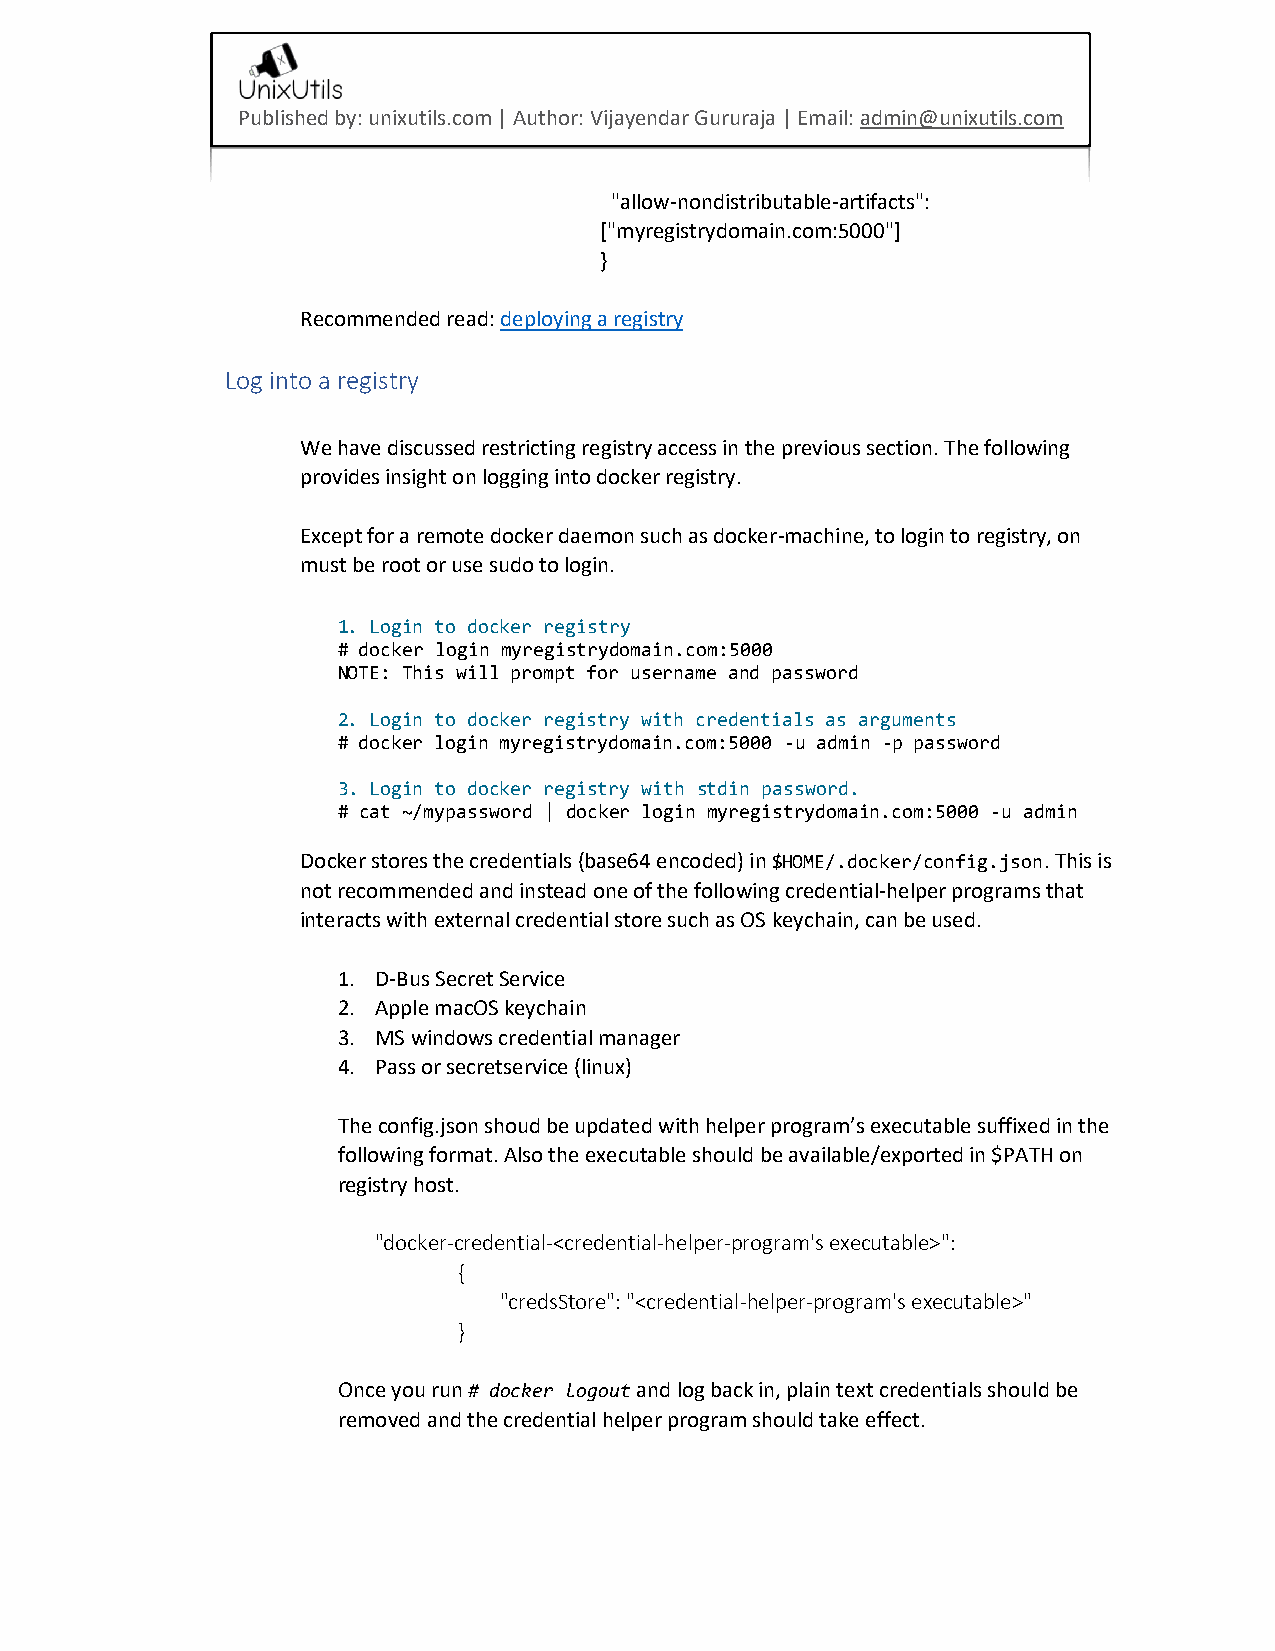
Published by: unixutils.com | Author: Vijayendar Gururaja | Email: admin@unixutils.com
 "allow-nondistributable-artifacts":
 ["myregistrydomain.com:5000"]
 }
 Recommended read: deploying a registry
 Log into a registry
 We have discussed restricting registry access in the previous section. The following
 provides insight on logging into docker registry.
 Except for a remote docker daemon such as docker-machine, to login to registry, on
 must be root or use sudo to login.
 1. Login to docker registry
 # docker login myregistrydomain.com:5000
 NOTE: This will prompt for username and password
 2. Login to docker registry with credentials as arguments
 # docker login myregistrydomain.com:5000 -u admin -p password
 3. Login to docker registry with stdin password.
 # cat ~/mypassword | docker login myregistrydomain.com:5000 -u admin
 Docker stores the credentials (base64 encoded) in $HOME/.docker/config.json. This is
 not recommended and instead one of the following credential-helper programs that
 interacts with external credential store such as OS keychain, can be used.
 1. D-Bus Secret Service
 2. Apple macOS keychain
 3. MS windows credential manager
 4. Pass or secretservice (linux)
 The config.json shoud be updated with helper program’s executable suffixed in the
 following format. Also the executable should be available/exported in $PATH on
 registry host.
 "docker-credential-<credential-helper-program's executable>":
 {
 "credsStore": "<credential-helper-program's executable>"
 }
 Once you run # docker logout and log back in, plain text credentials should be
 removed and the credential helper program should take effect.